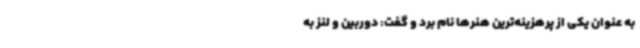
به عنوان یکی از پرهزینه‌ترین هنرها نام برد و گفت: دوربین و لنز به